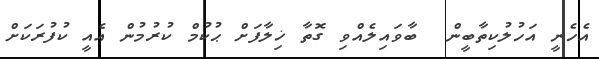
އެހެނީ އަހުލުކިތާބީން  ބާވައިލެއްވި ގޮތާ ޚިލާފަށް ޙުކުމް ކުރުމުން އެއީ ކުފުރަކަށް